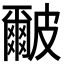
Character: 𭽹